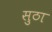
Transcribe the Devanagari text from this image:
सुठा